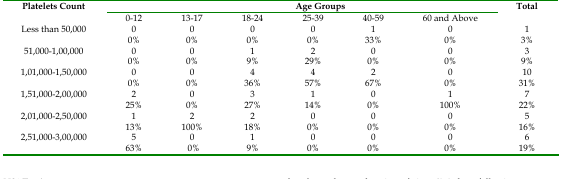
<table><thead><tr><td rowspan="2"><b>Platelets Count</b></td><td colspan="6"><b>Age Groups</b></td><td rowspan="2"><b>Total</b></td></tr></thead><tbody><tr><td>0-12</td><td>13-17</td><td>18-24</td><td>25-39</td><td>40-59</td><td>60 and Above</td><td></td></tr><tr><td rowspan="2">Less than 50,000</td><td>0</td><td>0</td><td>0</td><td>0</td><td>1</td><td>0</td><td>1</td></tr><tr><td>0%</td><td>0%</td><td>0%</td><td>0%</td><td>33%</td><td>0%</td><td>3%</td></tr><tr><td rowspan="2">51,000-1,00,000</td><td>0</td><td>0</td><td>1</td><td>2</td><td>0</td><td>0</td><td>3</td></tr><tr><td>0%</td><td>0%</td><td>9%</td><td>29%</td><td>0%</td><td>0%</td><td>9%</td></tr><tr><td rowspan="2">1,01,000-1,50,000</td><td>0</td><td>0</td><td>4</td><td>4</td><td>2</td><td>0</td><td>10</td></tr><tr><td>0%</td><td>0%</td><td>36%</td><td>57%</td><td>67%</td><td>0%</td><td>31%</td></tr><tr><td rowspan="2">1,51,000-2,00,000</td><td>2</td><td>0</td><td>3</td><td>1</td><td>0</td><td>1</td><td>7</td></tr><tr><td>25%</td><td>0%</td><td>27%</td><td>14%</td><td>0%</td><td>100%</td><td>22%</td></tr><tr><td rowspan="2">2,01,000-2,50,000</td><td>1</td><td>2</td><td>2</td><td>0</td><td>0</td><td>0</td><td>5</td></tr><tr><td>13%</td><td>100%</td><td>18%</td><td>0%</td><td>0%</td><td>0%</td><td>16%</td></tr><tr><td rowspan="2">2,51,000-3,00,000</td><td>5</td><td>0</td><td>1</td><td>0</td><td>0</td><td>0</td><td>6</td></tr><tr><td>63%</td><td>0%</td><td>9%</td><td>0%</td><td>0%</td><td>0%</td><td>19%</td></tr></tbody></table>